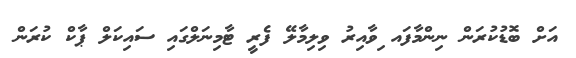
އަށް ބޮޑުކުރަން ނިންމާފައ ިވާއިރު ވިލިމާލޭ ފެރީ ޓާމިނަލްގައި ސައިކަލް ޕާކް ކުރަން